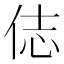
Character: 俧